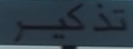
تذكر